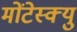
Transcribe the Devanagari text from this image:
मोंटेस्क्यु